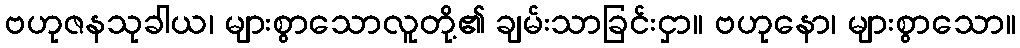
ဗဟုဇနသုခါယ၊ များစွာသောလူတို့၏ ချမ်းသာခြင်းငှာ။ ဗဟုနော၊ များစွာသော။